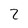
Character: 2